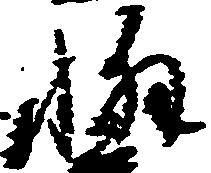
懈